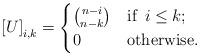
LaTeX: \begin{align*}\left[U\right]_{{i,k}} = \begin{cases}\binom{n-i}{n-k} & \textnormal{if }\, i \le k; \\0 & \textnormal{otherwise}.\end{cases}\end{align*}